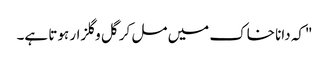
"کہ دانا خاک میں مل کر گل وگلزار ہوتا ہے۔